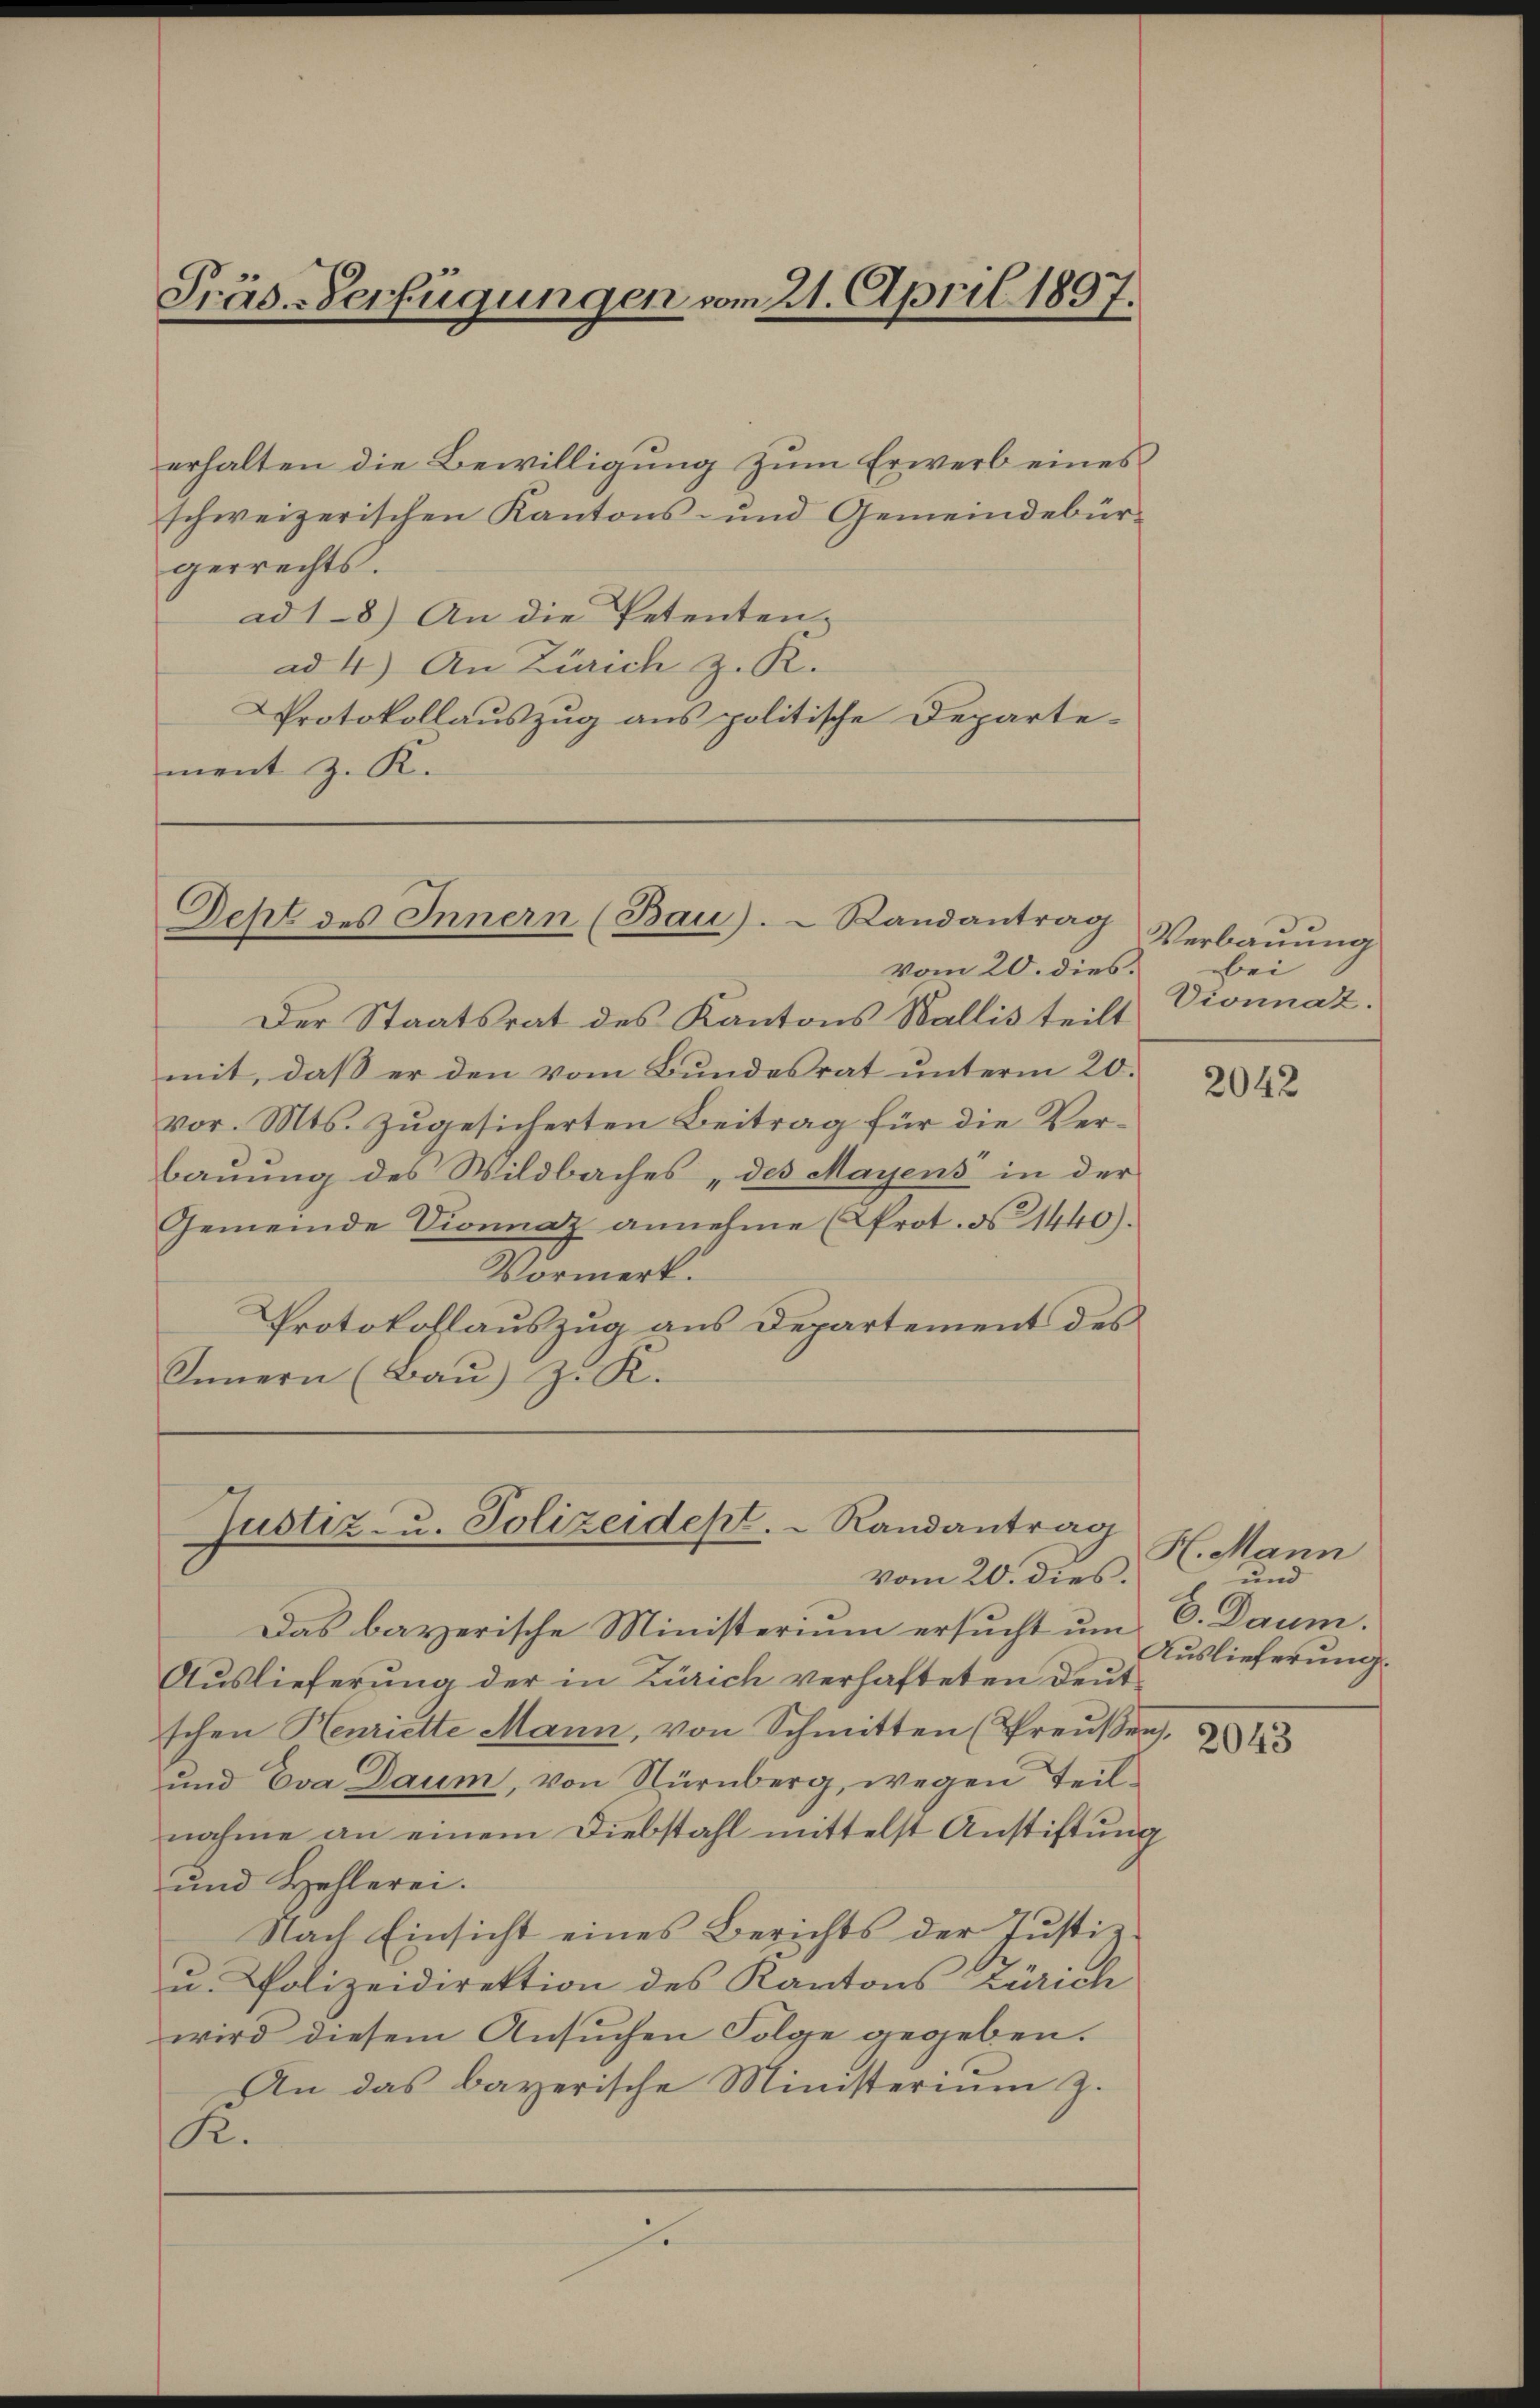
Präs.-Verfügungen vom 21. April 1897.

erhalten die Bewilligung zum Erwerb eines
schweizerischen Kantons- und Gemeindebürgerrechts.
ad 1-8.) An die Petenten,
ad 4.) An Zürich z. R.
PProtokollauszug aus politische Departe-
ment z. R.

Deht des Innern (Bau).  Randantrag

Justiz- u. Polizeidept. Randantrag
vom 20. dies.

vom 20. dies
Der Staatsrat des Kantons Wallis teilt
mit, daß er den vom Bundesrat unterm 20.
vor. Mts. zugesicherten Beitrag für die Verbauung des Wildbaches „des Mayens in der
Gemeinde Vionnaz annehme (Prot. § 1440).
Vormerk.
Protokollauszug aus Departement des
Innern (Bau) z. K.

Das bayerische Ministerium ersucht um C. Daum.
Auslieferung der in Zürich verhafteten Deut
schen Henriette Mann, von Schmitten (Preŭβen,
und Eva Daum, von Nürnberg, wegen Teilnahme an einem Diebstahl mittelst Anstiftung
und Hehlerei.
Nach Einsicht eines Berichts der Justiz¬
u. Polizeidirektion des Kantons Zürich
wird diesem Ansuchen Folge gegeben.
An das bayerische Ministerium z.
R.
s

Verbauung
bei
Vionnat.

2042

H. Mann
und
Auslieferung.

2043